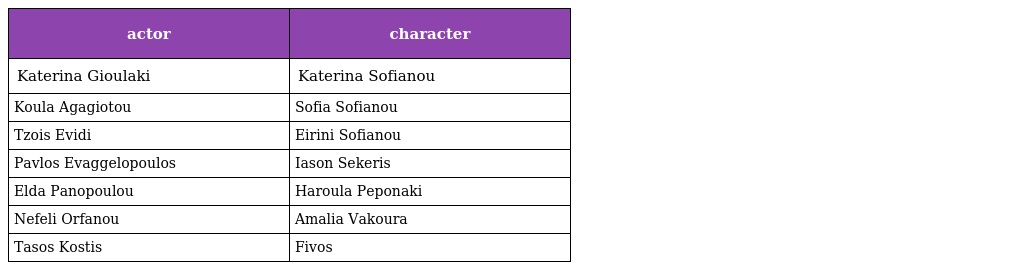
| actor | character |
 | --- | --- |
 | Katerina Gioulaki | Katerina Sofianou |
 | Koula Agagiotou | Sofia Sofianou |
 | Tzois Evidi | Eirini Sofianou |
 | Pavlos Evaggelopoulos | Iason Sekeris |
 | Elda Panopoulou | Haroula Peponaki |
 | Nefeli Orfanou | Amalia Vakoura |
 | Tasos Kostis | Fivos |